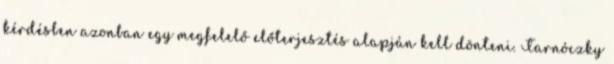
kérdésben azonban egy megfelelő előterjesztés alapján kell dönteni. Tarnóczky